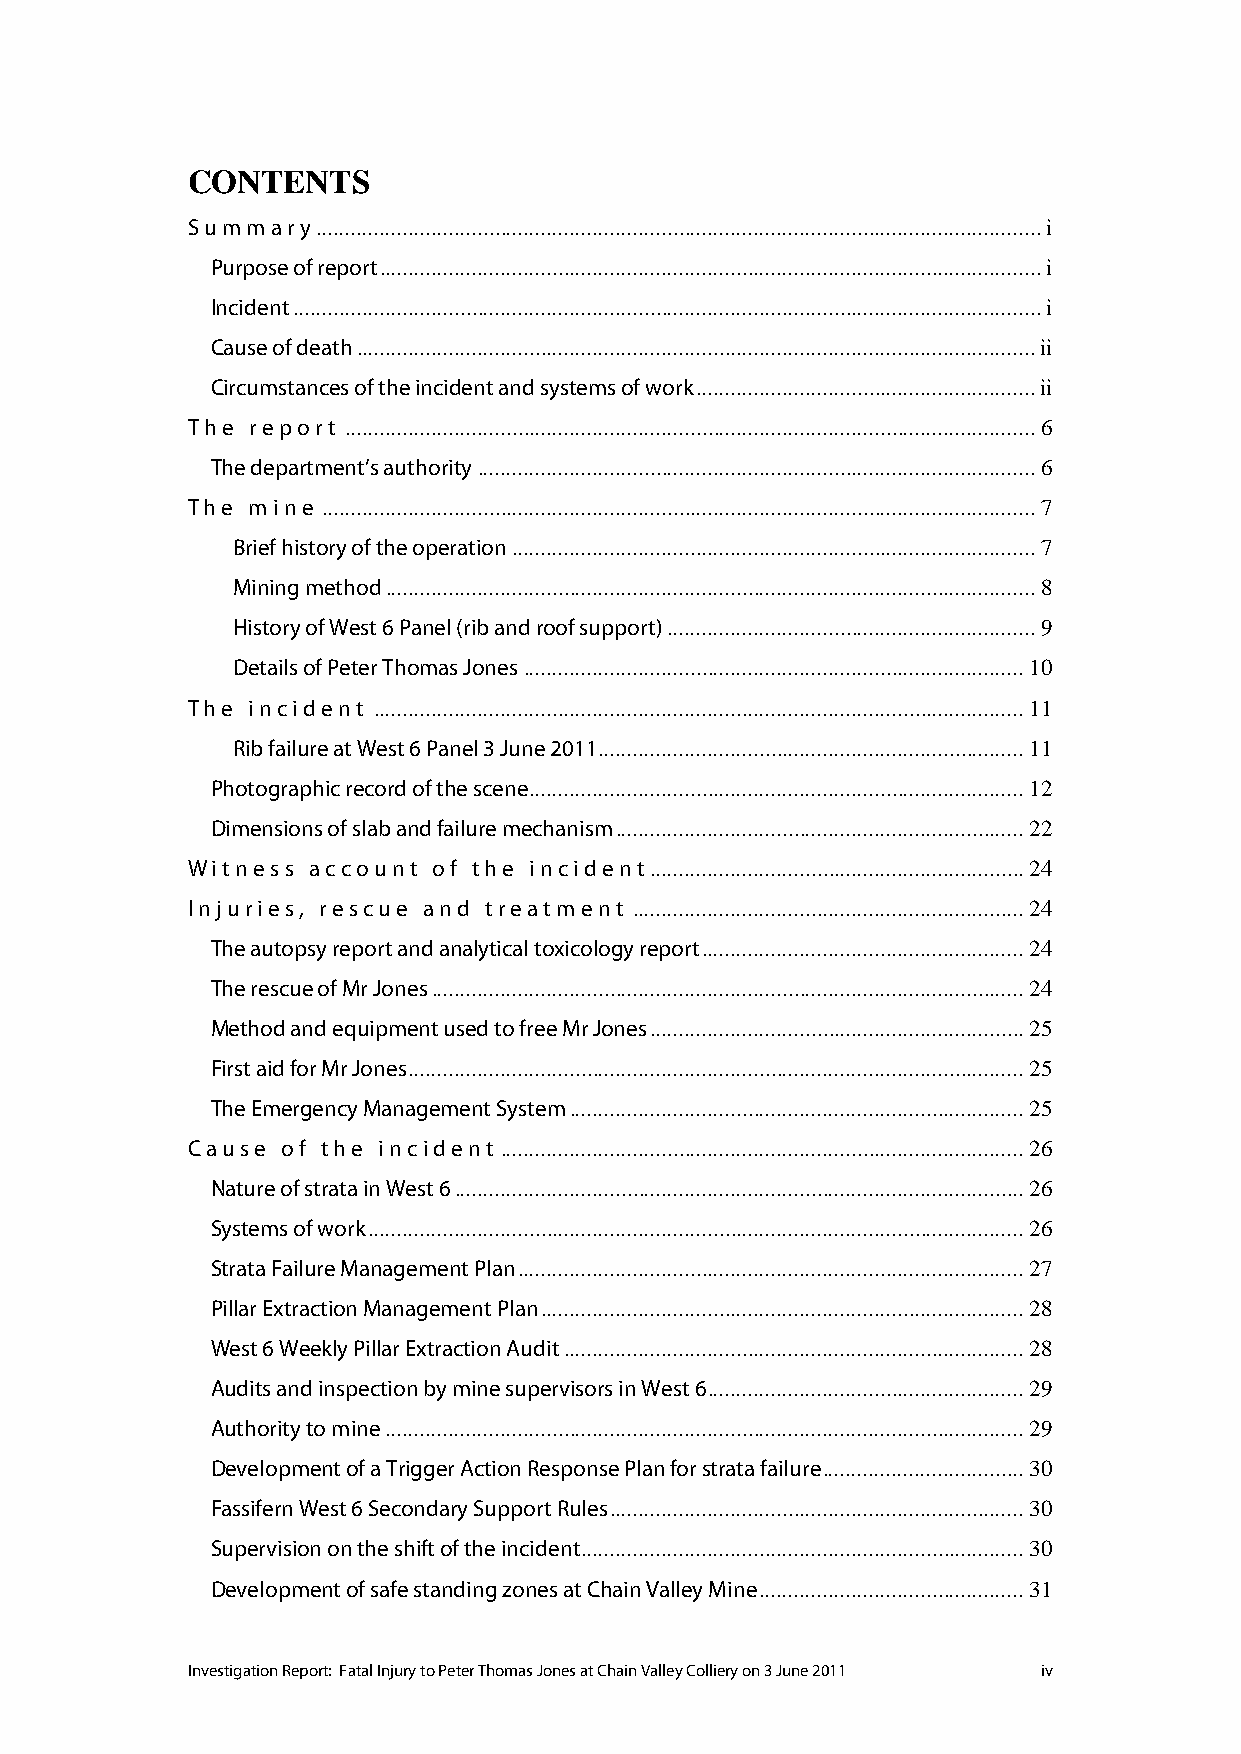
CONTENTS
 Summary  .............................................................................................................................. i
 Purpose of report ................................................................................................................... i
 Incident .................................................................................................................................. i
 Cause of death ...................................................................................................................... ii
 Circumstances of the incident and systems of work ........................................................... ii
 The report ........................................................................................................................ 6
 The department’s authority ................................................................................................. 6
 The mine ............................................................................................................................ 7
 Brief history of the operation ........................................................................................... 7
 Mining method ................................................................................................................. 8
 History of West 6 Panel (rib and roof support) ................................................................ 9
 Details of Peter Thomas Jones ....................................................................................... 10
 The incident ................................................................................................................. 11
 Rib failure at West 6 Panel 3 June 2011 .......................................................................... 11
 Photographic record of the scene ...................................................................................... 12
 Dimensions of slab and failure mechanism ....................................................................... 22
 Witness account  of the incident ................................................................. 24
 Injuries, rescue and treatment .................................................................... 24
 The autopsy report and analytical toxicology report ........................................................ 24
 The rescue of Mr Jones ....................................................................................................... 24
 Method and equipment used to free Mr Jones ................................................................. 25
 First aid for Mr Jones ........................................................................................................... 25
 The Emergency Management System ............................................................................... 25
 Cause  of the incident ........................................................................................... 26
 Nature of strata in West 6 ................................................................................................... 26
 Systems of work .................................................................................................................. 26
 Strata Failure Management Plan ........................................................................................ 27
 Pillar Extraction Management Plan .................................................................................... 28
 West 6 Weekly Pillar Extraction Audit ................................................................................ 28
 Audits and inspection by mine supervisors in West 6 ....................................................... 29
 Authority to mine ............................................................................................................... 29
 Development of a Trigger Action Response Plan for strata failure ................................... 30
 Fassifern West 6 Secondary Support Rules ........................................................................ 30
 Supervision on the shift of the incident ............................................................................. 30
 Development of safe standing zones at Chain Valley Mine .............................................. 31
 Investigation Report: Fatal Injury to Peter Thomas Jones at Chain Valley Colliery on 3 June 2011 iv